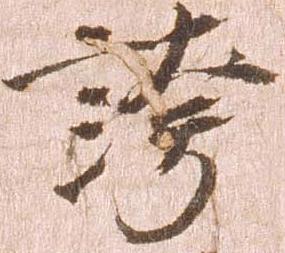
誇